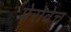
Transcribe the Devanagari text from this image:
मेरोवेच